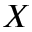
X